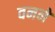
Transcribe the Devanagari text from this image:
वनने